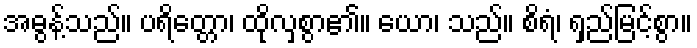
အဓွန့်သည်။ ပရိတ္တော၊ ထိုလှစွာ၏။ ယော၊ သည်။ စိရံ၊ ရှည်မြင့်စွာ။